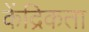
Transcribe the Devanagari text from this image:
केंद्रिकता